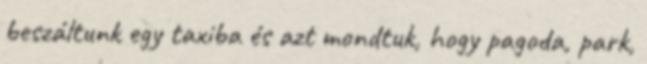
beszáltunk egy taxiba és azt mondtuk, hogy pagoda, park,